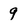
Character: 9